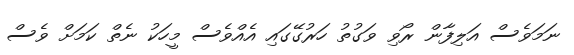
ނަމަވެސް އަލިފާން ރޯވި ވަގުތު ހަރުގޭގައި އެއްވެސް މީހަކު ނެތް ކަމަށް ވެސް